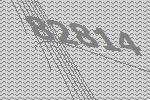
82814